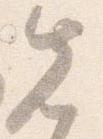
先